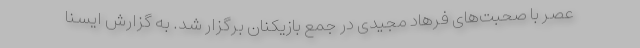
عصر با صحبت‌های فرهاد مجیدی در جمع بازیکنان برگزار شد. به گزارش ایسنا